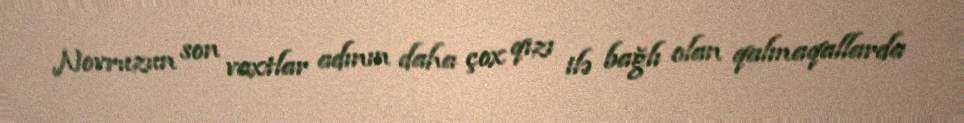
Novruzun son vaxtlar adının daha çox qızı ilə bağlı olan qalmaqallarda